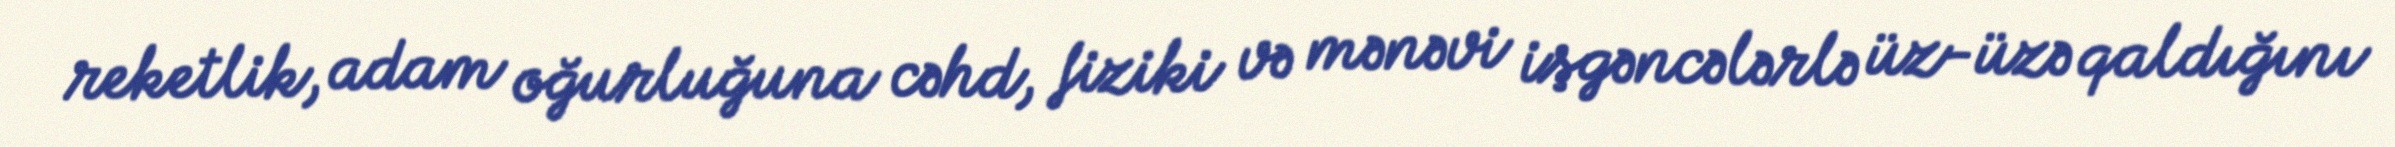
reketlik, adam oğurluğuna cəhd, fiziki və mənəvi işgəncələrlə üz-üzə qaldığını